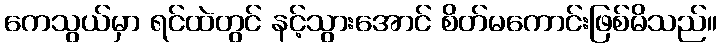
ကေသွယ်မှာ ရင်ထဲတွင် နင့်သွားအောင် စိတ်မကောင်းဖြစ်မိသည်။